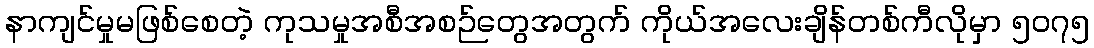
နာကျင်မှုမဖြစ်စေတဲ့ ကုသမှုအစီအစဉ်တွေအတွက် ကိုယ်အလေးချိန်တစ်ကီလိုမှာ ၅၀၇၅